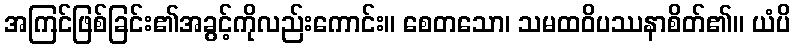
အကြင်ဖြစ်ခြင်း၏အခွင့်ကိုလည်းကောင်း။ စေတသော၊ သမထဝိပဿနာစိတ်၏။ ယံပိ